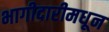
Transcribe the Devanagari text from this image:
भागीदारीमधून